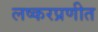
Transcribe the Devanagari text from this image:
लष्करप्रणीत